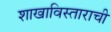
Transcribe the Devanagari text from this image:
शाखाविस्ताराची